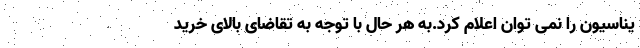
یناسیون را نمی توان اعلام کرد.به هر حال با توجه به تقاضای بالای خرید